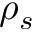
\rho _ { s }